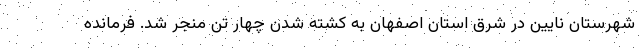
شهرستان نایین در شرق استان اصفهان به کشته شدن چهار تن منجر شد. فرمانده